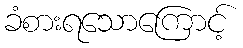
ခံစားရသောကြောင့်